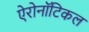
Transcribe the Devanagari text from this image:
ऐरोनॉटिकल